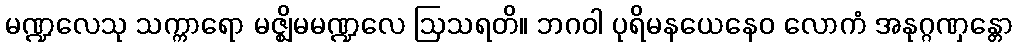
မဏ္ဍလေသု သက္ကာရော မဇ္ဈိမမဏ္ဍလေ ဩသရတိ။ ဘဂဝါ ပုရိမနယေနေဝ လောကံ အနုဂ္ဂဏှန္တော